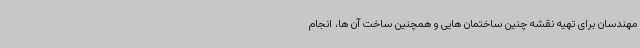
مهندسان برای تهیه نقشه چنین ساختمان هایی و همچنین ساخت آن ها، انجام